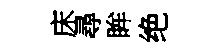
床尋眸绝